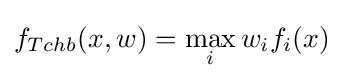
f_{Tchb}(x,w)=\max _{i}w_{i}f_{i}(x)